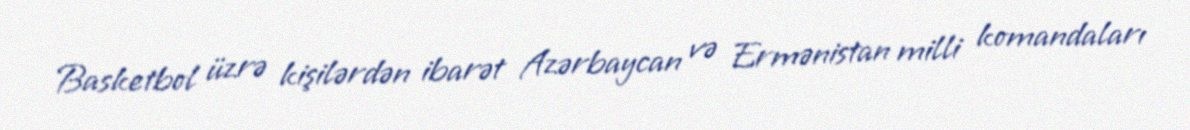
Basketbol üzrə kişilərdən ibarət Azərbaycan və Ermənistan milli komandaları